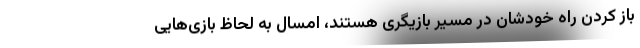
باز کردن راه خودشان در مسیر بازیگری هستند، امسال به لحاظ بازی‌هایی